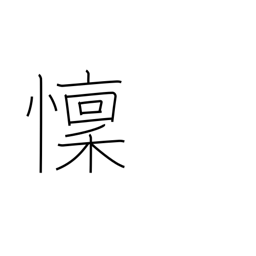
Meaning: fear